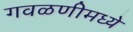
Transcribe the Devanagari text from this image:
गवळणीमध्ये